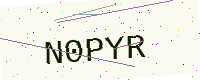
Text: N0PYR